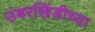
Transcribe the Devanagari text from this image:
उंबरखिंडीच्या